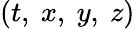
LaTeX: \left(t,~x,~y,~z\right)